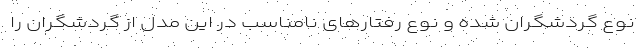
نوع گردشگران شده و نوع رفتارهای نامناسب در این مدل از گردشگران را